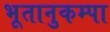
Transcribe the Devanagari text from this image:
भूतानुकम्पा